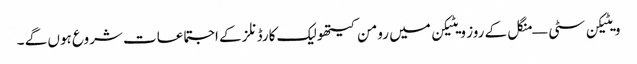
ویٹیکن سٹی — منگل کے روز ویٹیکن میں رومن کیتھولیک کارڈنلز کے اجتماعات شروع ہوں گے ۔